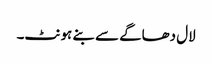
لال دھاگے سے بنے ہونٹ۔